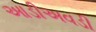
આડીઅવડી